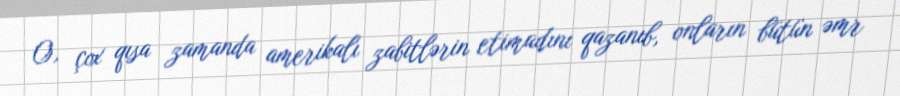
O, çox qısa zamanda amerikalı zabitlərin etimadını qazanıb, onların bütün əmr